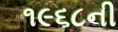
૧૯૬૮ની